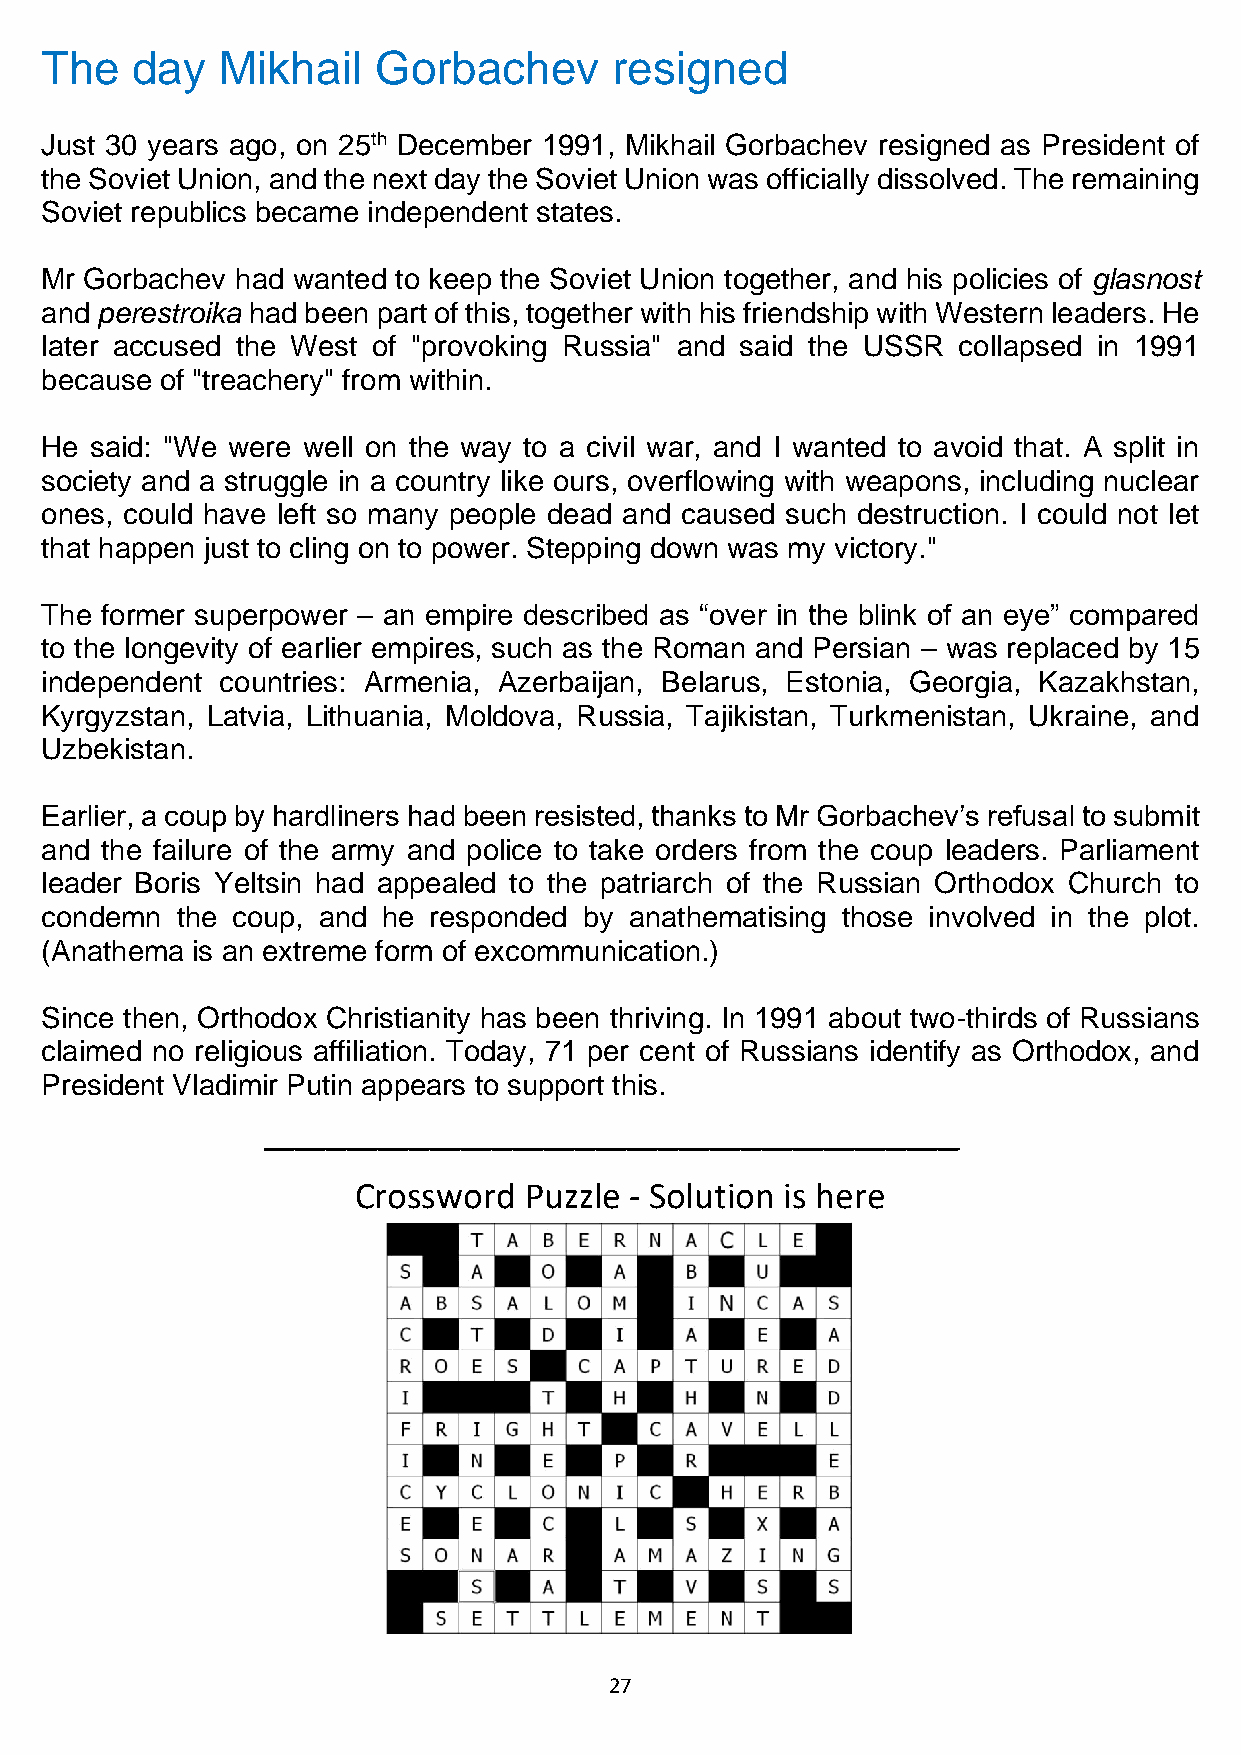
The   day   Mikhail   Gorbachev       resigned
 Just 30 years ago, on 25th December 1991, Mikhail Gorbachev resigned as President of
 the Soviet Union, and the next day the Soviet Union was officially dissolved. The remaining
 Soviet republics became independent states.
 Mr Gorbachev had wanted to keep the Soviet Union together, and his policies of glasnost
 and perestroika had been part of this, together with his friendship with Western leaders. He
 later accused the West of "provoking Russia" and said the USSR collapsed in 1991
 because of "treachery" from within.
 He said: "We were well on the way to a civil war, and I wanted to avoid that. A split in
 society and a struggle in a country like ours, overflowing with weapons, including nuclear
 ones, could have left so many people dead and caused such destruction. I could not let
 that happen just to cling on to power. Stepping down was my victory."
 The former superpower – an empire described as “over in the blink of an eye” compared
 to the longevity of earlier empires, such as the Roman and Persian – was replaced by 15
 independent countries: Armenia, Azerbaijan, Belarus, Estonia, Georgia, Kazakhstan,
 Kyrgyzstan, Latvia, Lithuania, Moldova, Russia, Tajikistan, Turkmenistan, Ukraine, and
 Uzbekistan.
 Earlier, a coup by hardliners had been resisted, thanks to Mr Gorbachev’s refusal to submit
 and the failure of the army and police to take orders from the coup leaders. Parliament
 leader Boris Yeltsin had appealed to the patriarch of the Russian Orthodox Church to
 condemn  the coup, and he responded by anathematising those involved in the plot.
 (Anathema is an extreme form of excommunication.)
 Since then, Orthodox Christianity has been thriving. In 1991 about two-thirds of Russians
 claimed no religious affiliation. Today, 71 per cent of Russians identify as Orthodox, and
 President Vladimir Putin appears to support this.
 ___________________________________________________________________
 Crossword   Puzzle - Solution is here
 27